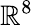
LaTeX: \mathbb{R}^{8}